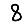
Digit: 8